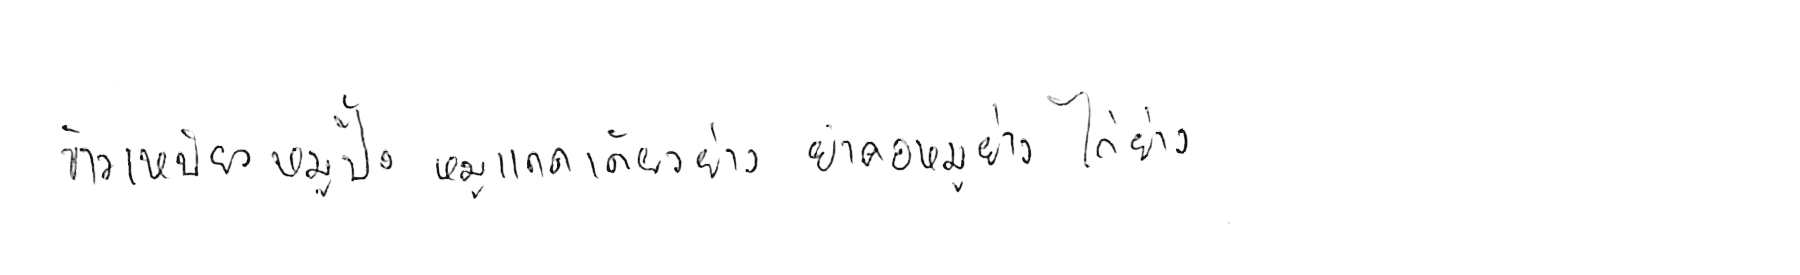
ข้าวเหนียวหมูปิ้ง หมูแดดเดียวย่าง ยำคอหมูย่าง ไก่ย่าง